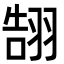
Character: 䎋